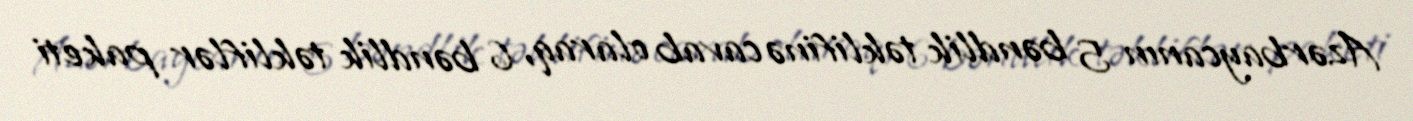
Azərbaycanın 5 bəndlik təklifinə cavab olaraq, 6 bəndlik təkliflər paketi